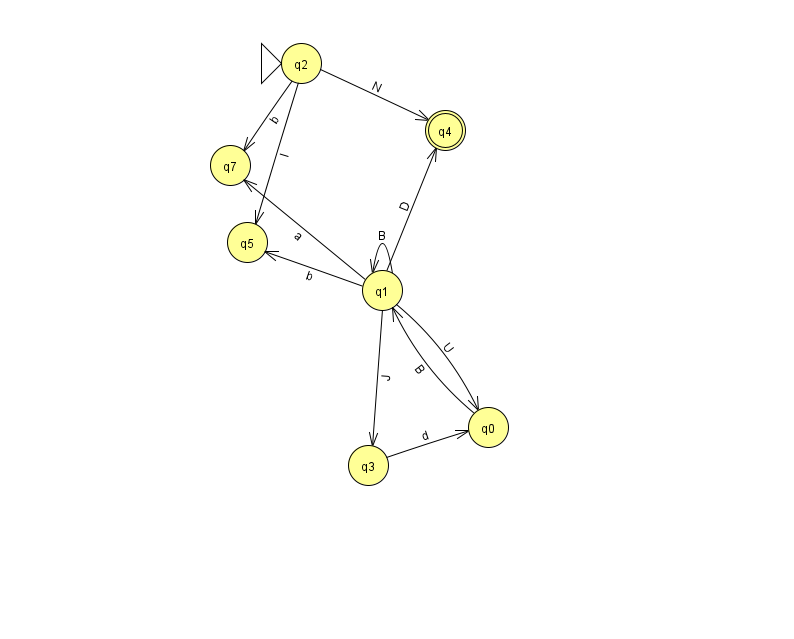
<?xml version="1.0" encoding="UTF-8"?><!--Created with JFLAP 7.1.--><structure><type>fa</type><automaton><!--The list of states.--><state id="0" name="q0"><x>488.0</x><y>414.0</y></state><state id="1" name="q1"><x>382.0</x><y>277.0</y></state><state id="2" name="q2"><x>301.0</x><y>50.0</y><initial/></state><state id="3" name="q3"><x>368.0</x><y>452.0</y></state><state id="4" name="q4"><x>445.0</x><y>117.0</y><final/></state><state id="5" name="q5"><x>247.0</x><y>229.0</y></state><state id="7" name="q7"><x>230.0</x><y>152.0</y></state><!--The list of transitions.--><transition><from>1</from><to>4</to><read>D</read></transition><transition><from>1</from><to>1</to><read>B</read></transition><transition><from>1</from><to>0</to><read>U</read></transition><transition><from>0</from><to>1</to><read>B</read></transition><transition><from>1</from><to>5</to><read>b</read></transition><transition><from>3</from><to>0</to><read>d</read></transition><transition><from>2</from><to>4</to><read>N</read></transition><transition><from>2</from><to>5</to><read>l</read></transition><transition><from>1</from><to>7</to><read>a</read></transition><transition><from>1</from><to>3</to><read>J</read></transition><transition><from>2</from><to>7</to><read>b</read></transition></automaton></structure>